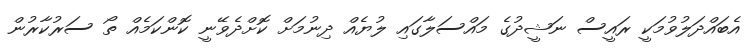
އެބައްދަލުވުމަކީ ރައީސް ނަޝީދުގެ މައްސަލާގައި ލުޔެއް ދިނުމަށް ކޮށްދެވޭނީ ކޮންކަމެއް ތޯ ސަރުކާރުން